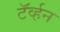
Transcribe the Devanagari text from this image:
टॅर्व्हन